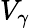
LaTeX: V_{\gamma}